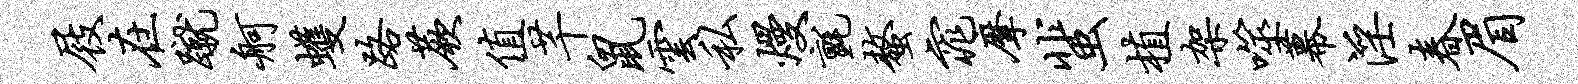
屐在蹴舸蠖路蕨值芊鼠云私熳毡螯窕摩蜚植架噬幕淫春眉